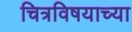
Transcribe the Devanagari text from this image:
चित्रविषयाच्या